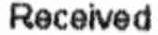
RECEIVED